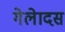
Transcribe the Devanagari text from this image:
गेलेादस